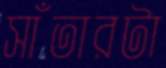
সাঁতারটা